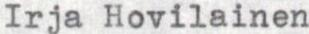
Irja Hovilainen